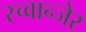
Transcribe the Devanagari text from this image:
स्च्वान्जेर